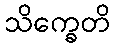
သိက္ခေတိ